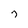
Character: 7